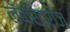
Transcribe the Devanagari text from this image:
लॅबॉरेट्रीज